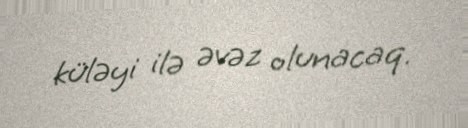
küləyi ilə əvəz olunacaq.